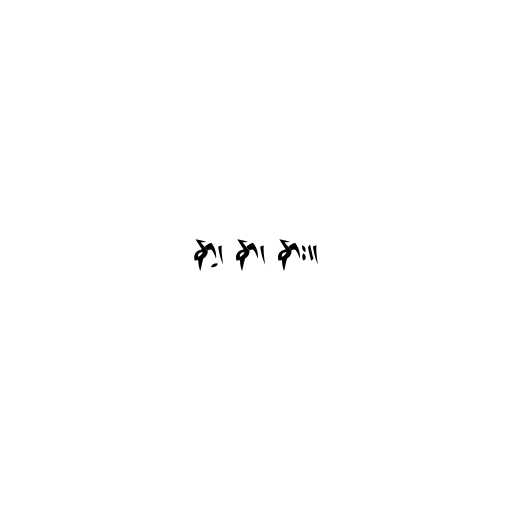
နာ့၊ နာ၊ နား။